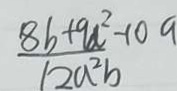
\frac { 8 b + 9 a ^ { 2 } - 1 0 a } { 1 2 a ^ { 2 } b }